Annual administration report of the Civil Veterinary Department of India - 1897-1898
Year: 1897
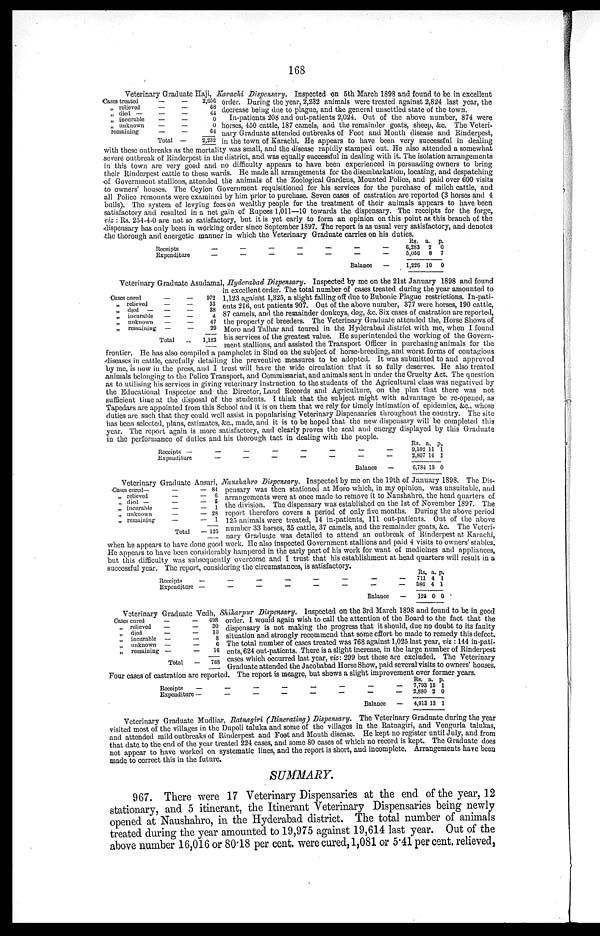
168
Veterinary Graduate Haji, Karachi Dispensary. Inspected on 5th March 1898 and found to be in excellent
order. During the year, 2,232 animals were treated against 2,824 last year, the
decrease being due to plague, and the general unsettled state of the town.
In-patients 208 and out-patients 2,024. Out of the above number, 874 were
horses, 450 cattle, 187 camels, and the remainder goats, sheep, &c. The Veteri-
nary Graduate attended outbreaks of Foot and Mouth disease and Rinderpest,
in the town of Karachi. He appears to have been very successful in dealing
with these outbreaks as the mortality was small, and the disease rapidly stamped out. He also attended a somewhat
severe outbreak of Rinderpest in the district, and was equally successful in dealing with it. The isolation arrangements
in this town are very good and no difficulty appears to have been experienced in persuading owners to bring
their Rinderpest cattle to these wards. He made all arrangements for the disembarkation, locating, and despatching
of Government stallions, attended the animals of the Zoological Gardens, Mounted Police, and paid over 600 visits
to owners' houses. The Ceylon Government requisitioned for his services for the purchase of milch cattle, and
all Police remounts were examined by him prior to purchase. Seven cases of castration are reported (3 horses and 4
bulls). The system of levying fees on wealthy people for the treatment of their animals appears to have been
satisfactory and resulted in a net gain of Rupees 1,011—10 towards the dispensary. The receipts for the forge,
viz: Rs. 254-4-0 are not so satisfactory, but it is yet early to form an opinion on this point as this branch of the
dispensary has only been in working order since September 1897. The report is as usual very satisfactory, and denotes
the thorough and energetic manner in which the Veterinary Graduate carries on his duties.
Cases treated
„ relieved
„ died —
„ incurable
„ unknown
remaining
— —
— —
— —
— —
— —
— —
Total —
2,056
68
44
0
0
64
2,232
Receipts
Expenditure
—
—
—
—
—
—
—
—
—
—
—
—
Balance
—
—
—
Rs.
6,283
5,056
1,226
a.
2
8
10
p.
0
7
0
Veterinary Graduate Asudamal, Hyderabad Dispensary. Inspected by me on the 21st January 1898 and found
in excellent order. The total number of cases treated during the year amounted to
1,123 against 1,325, a slight falling off due to Bubonic Plague restrictions. In-pati-
ents 216, out patients 907. Out of the above number, 377 were horses, 190 cattle,
87 camels, and the remainder donkeys, dog, &c. Six cases of castration are reported,
the property of breeders. The Veterinary Graduate attended the, Horse Shows of
Moro and Talhar and toured in the Hyderabad district with me, when I found
his services of the greatest value. He superintended the working of the Govern-
ment stallions, and assisted the Transport Officer in purchasing animals for the
frontier. He has also compiled a pamphelet in Sind on the subject of horse-breeding, and worst forms of contagious
diseases in cattle, carefully detailing the preventive measures to be adopted. It was submitted to and approved
by me, is now in the press, and I trust will have the wide circulation that it so fully deserves. He also treated
animals belonging to the Police Transport, and Commissariat, and animals sent in under the Cruelty Act. The question
as to utilising his services in giving veterinary instruction to the students of the Agricultural class was negatived by
the Educational Inspector and the Director, Land Records and Agriculture, on the plea that there was not
sufficient time at the disposal of the students. I think that the subject might with advantage be re-opened, as
Tapedars are appointed from this School and it is on them that we rely for timely intimation of epidemics, &c., whose
duties are such that they could well assist in popularising Veterinary Dispensaries throughout the country. The site
has been selected, plans, estimates, &c., made, and it is to be hoped that the new dispensary will be completed this
year. The report again is more satisfactory, and clearly proves the zeal and energy displayed by this Graduate
in the performance of duties and his thorough tact in dealing with the people.
Cases cured
„ relieved
„ died —
„ incurable
„ unknown
„ remaining
—
—
—
—
—
—
Total
—
—
—
—
—
—
..
072
33
38
4
47
20
1,123
Receipts —
Expenditure
—
—
—
—
—
—
—
—
—
—
—
—
Balance
—
—
—
Rs.
0,592
2,807
6,784
a.
11
11
13
p.
1
1
0
Veterinary Graduate Ansari, Naushahro Dispensary. Inspected by me on the 19th of January 1898. The Dis-
pensary was then stationed at Moro which, in my opinion, was unsuitable, and
arrangements were at once made to remove it to Naushahro, the head quarters of
the division. The dispensary was established on the 1st of November 1897. The
report therefore covers a period of only five months. During the above period
125 animals were treated, 14 in-patients, 111 out-patients. Out of the above
number 33 horses, 35 cattle, 37 camels, and the remainder goats, &c. The Veteri-
nary Graduate was detailed to attend an outbreak of Rinderpest at Karachi,
when he appears to have done good work. He also inspected Government stallions and paid 4 visits to owners' stables.
He appears to have been considerably hampered in the early part of his work for want of medicines and appliances,
but this difficulty was subsequently overcome and I trust that his establishment at head quarters will result in a
successful year. The report, considering the circumstances, is satisfactory.
Cases cured—
„ relieved
„ died —
„ incurable
„ unknown
„ remaining
—
—
—
—
—
—
Total
— 81
— 6
— 6
— 1
— 28
— 1
— 125
Receipts
—
Expenditure —
—
—
—
—
—
—
—
—
—
—
—
Balance
—
—
Rs.
711
586
125
a.
4
4
0
p.
1
1
0
Veterinary Graduate Vedh, Shikarpur Dispensary. Inspected on the 3rd March 1898 and found to be in good
order. I would again wish to call the attention of the Board to the fact that the
dispensary is not making the progress that it should, due no doubt to its faulty
situation and strongly recommend that some effort be made to remedy this defect.
The total number of cases treated was 768 against 1,025 last year, viz: 144 in pati-
ents, 624 out-patients. There is a slight increase, in the large number of Rinderpest
cases which occurred last year, viz: 299 but these are excluded. The Veterinary
Graduate attended the Jacobabad Horse Show, paid several visits to owners' houses.
Four cases of castration are reported. The report is meagre, but shows a slight improvement over former years.
Oases cured
„ relieved
„ died
„ incurable
„ unknown
„ remaining
—
—
—
—
—
—
Total
—
—
—
—
—
—
698
30
10
8
6
16
76S
Receipts
—
Expenditure —
—
—
—
—
—
—
—
—
—
—
—
—
Balance
—
—
—
its.
7,703
2,880
4,913
a.
15
2
13
p.
1
0
1
Veterinary Graduate Mudliar, Ratnagiri (Itinerating) Dispensary. The Veterinary Graduate during the year
visited most of the villages in the Dupoli taluka and some of the villages in the Ratnagiri, and Vengurla talukas,
and attended mild outbreaks of Rinderpest and Foot and Mouth disease. He kept no register until July, and from
that date to the end of the year treated 224 cases, and some 80 cases of which no record is kept. The Graduate does
not appear to have worked on systematic lines, and the report is short, and incomplete. Arrangements have been
made to correct this in the future.
SUMMARY.
967. There were 17 Veterinary Dispensaries at the end of the year, 12
stationary, and 5 itinerant, the Itinerant Veterinary Dispensaries being newly
opened at Naushahro, in the Hyderabad district. The total number of animals
treated during the year amounted to 19,975 against 19,614 last year. Out of the
above number 16,016 or 80.18 per cent. were cured, 1,081 or 5.41 per cent. relieved,